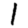
Digit: 1